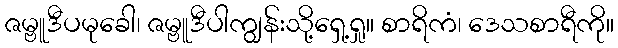
ဇမ္ဗူဒီပမုခေါ၊ ဇမ္ဗူဒီပါကျွန်းသို့ရှေ့ရှု။ စာရိကံ၊ ဒေသစာရီကို။